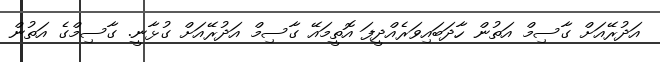
އަދުރޭއަށް ގާސިމް އަތުން ހާދަބައިވަރެއްދީފަ އޮތީމައޭ ގާސިމް އަދުރޭއަށް ގުޅާނީ. ގާސިމްގެ އަތުން